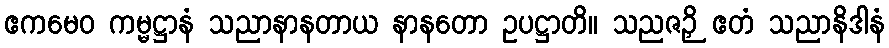
ဧကမေဝ ကမ္မဋ္ဌာနံ သညာနာနတာယ နာနတော ဥပဋ္ဌာတိ။ သညဇဉှိ ဧတံ သညာနိဒါနံ